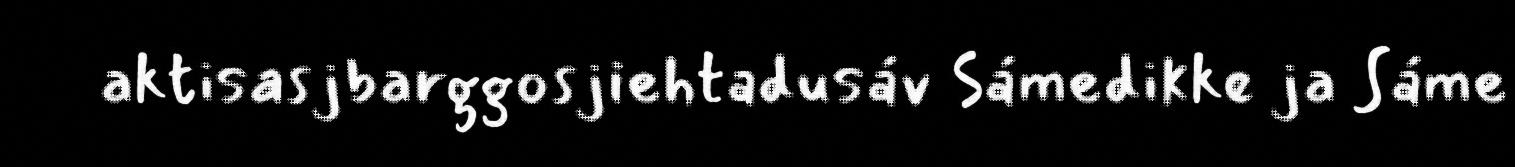
aktisasjbarggosjiehtadusáv Sámedikke ja Sáme